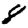
Digit: 8